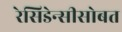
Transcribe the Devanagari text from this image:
रेसिडेन्सीसोबत